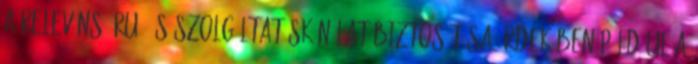
a releváns áru- és szolgáltatáskínálat biztosítása érdekében például a